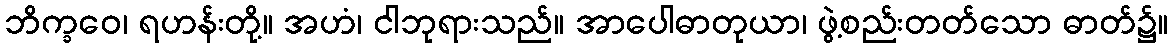
ဘိက္ခဝေ၊ ရဟန်းတို့။ အဟံ၊ ငါဘုရားသည်။ အာပေါဓာတုယာ၊ ဖွဲ့စည်းတတ်သော ဓာတ်၌။